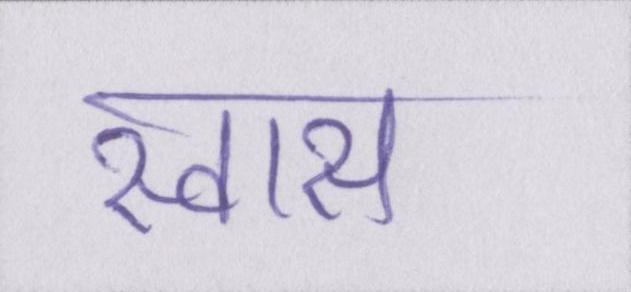
स्वास